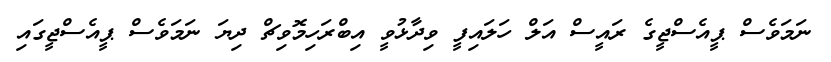
ނަމަވެސް ޕީއެސްޖީގެ ރައީސް އަލް ހަލައިފީ ވިދާޅުވީ އިބްރަހިމޮވިޗް ދިޔަ ނަމަވެސް ޕީއެސްޖީގައި